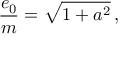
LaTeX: \frac { e _ { 0 } } { m } = \sqrt { 1 + a ^ { 2 } } \, ,